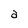
Character: a